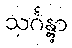
သင်္ဂန္တွာ